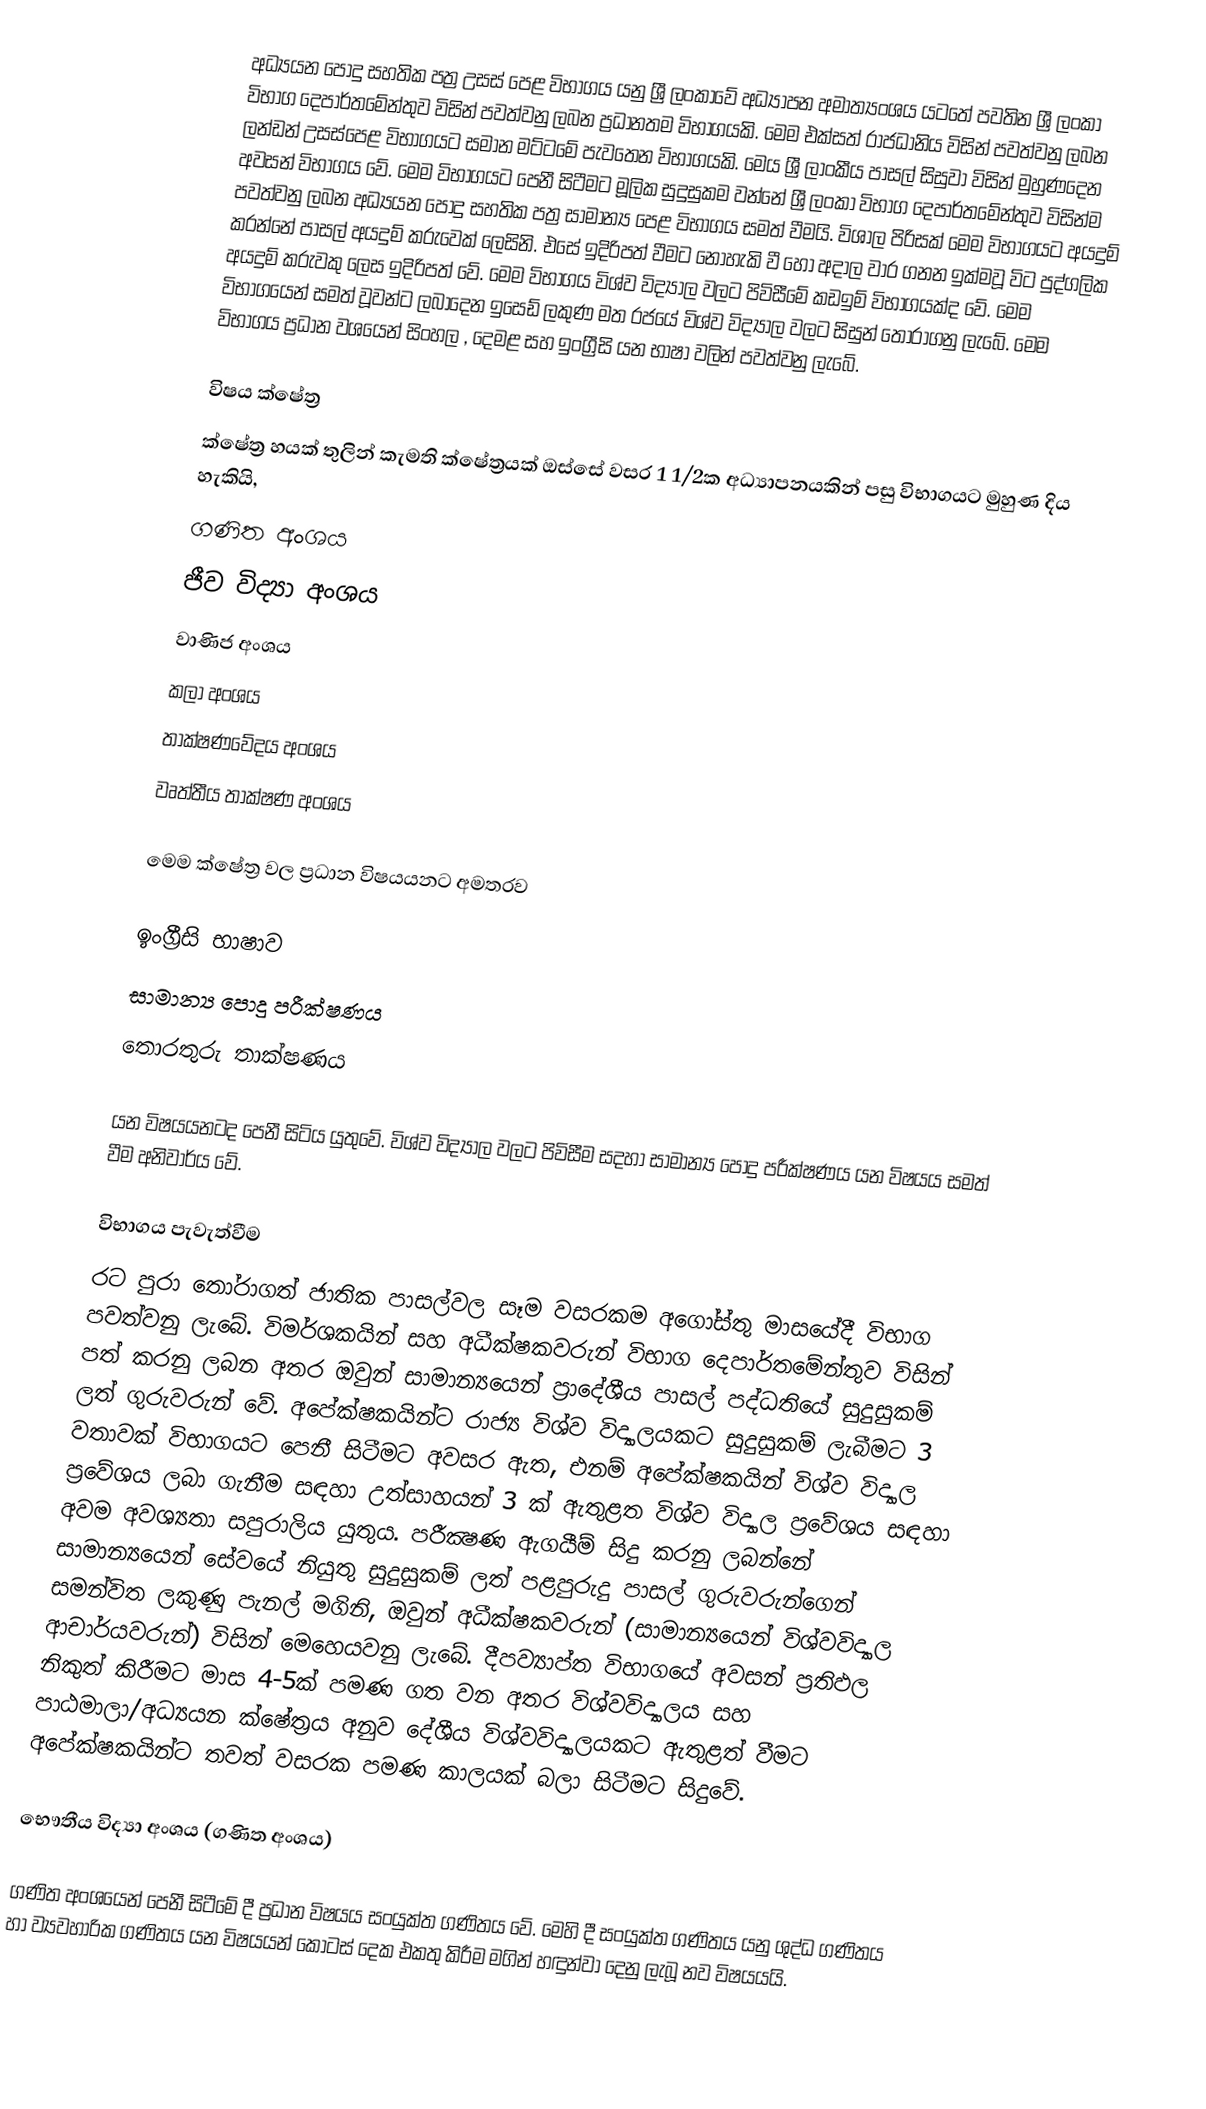
අධ්‍යයන පොදු සහතික පත්‍ර උසස් පෙළ විභාගය යනු ශ්‍රී ලංකාවේ අධ්‍යාපන අමාත්‍යංශය යටතේ පවතින ශ්‍රී ලංකා විභාග දෙපාර්තමේන්තුව විසින් පවත්වනු ලබන ප්‍රධානතම විභාගයකි. මෙම එක්සත් රාජධානිය විසින් පවත්වනු ලබන ලන්ඩන් උසස්පෙළ විභාගයට සමාන මට්ටමේ පැවතෙන විභාගයකි. මෙය ශ්‍රී ලාංකීය පාසල් සිසුවා විසින් මුහුණදෙන අවසන් විභාගය වේ. මෙම විභාගයට පෙනී සිටීමට මූලික සුදුසුකම වන්නේ ශ්‍රී ලංකා විභාග දෙපාර්තමේන්තුව විසින්ම පවත්වනු ලබන අධ්‍යයන පොදු සහතික පත්‍ර සාමාන්‍ය පෙළ විභාගය සමත් වීමයි. විශාල පිරිසක් මෙම විභාගයට අයදුම් කරන්නේ පාසල් අයදුම් කරුවෙක් ලෙසිනි. එසේ ඉදිරිපත් වීමට නොහැකි වී හෝ අදාල වාර ගනන ඉක්මවූ විට පුද්ගලික අයදුම් කරුවකු ලෙස ඉදිරිපත් වේ. මෙම විභාගය විශ්ව විද්‍යාල වලට පිවිසීමේ කඩඉම් විභාගයක්ද වේ. මෙම විභාගයෙන් සමත් වූවන්ට ලබාදෙන ඉසෙඩ් ලකුණ මත රජයේ  විශ්ව විද්‍යාල වලට සිසුන් තෝරාගනු ලැබේ. මෙම විභාගය ප්‍රධාන වශයෙන් සිංහල , දෙමළ  සහ ඉංග්‍රීසි යන භාෂා වලින් පවත්වනු ලැබේ.

විෂය ක්ෂේත්‍ර
ක්ෂේත්‍ර හයක් තුලින් කැමති ක්ෂේත්‍රයක් ඔස්සේ වසර 1 1/2ක අධ්‍යාපනයකින් පසු විභාගයට මුහුණ දිය හැකියි,
 ගණිත අංශය
 ජීව විද්‍යා අංශය
 වාණිජ අංශය
 කලා අංශය
 තාක්ෂණවේදය අංශය
 වෘත්තීය තාක්ෂණ අංශය

මෙම ක්ෂේත්‍ර වල ප්‍රධාන විෂයයනට අමතරව

 ඉංග්‍රීසි භාෂාව
 සාමාන්‍ය පොදු පරීක්ෂණය
 තොරතුරු තාක්ෂණය

යන විෂයයනටද පෙනී සිටිය යුතුවේ. විශ්ව විද්‍යාල වලට පිවිසීම සදහා සාමාන්‍ය පොදු පරීක්ෂණය යන විෂයය සමත් වීම අනිවාර්ය වේ.

විභාගය පැවැත්වීම
රට පුරා තෝරාගත් ජාතික පාසල්වල සෑම වසරකම අගෝස්තු මාසයේදී විභාග පවත්වනු ලැබේ.  විමර්ශකයින් සහ අධීක්ෂකවරුන් විභාග දෙපාර්තමේන්තුව විසින් පත් කරනු ලබන අතර ඔවුන් සාමාන්‍යයෙන් ප්‍රාදේශීය පාසල් පද්ධතියේ සුදුසුකම් ලත් ගුරුවරුන් වේ.  අපේක්ෂකයින්ට රාජ්‍ය විශ්ව විද්‍යාලයකට සුදුසුකම් ලැබීමට 3 වතාවක් විභාගයට පෙනී සිටීමට අවසර ඇත, එනම් අපේක්ෂකයින් විශ්ව විද්‍යාල ප්‍රවේශය ලබා ගැනීම සඳහා උත්සාහයන් 3 ක් ඇතුළත විශ්ව විද්‍යාල ප්‍රවේශය සඳහා අවම අවශ්‍යතා සපුරාලිය යුතුය.  පරීක්‍ෂණ ඇගයීම් සිදු කරනු ලබන්නේ සාමාන්‍යයෙන් සේවයේ නියුතු සුදුසුකම් ලත් පළපුරුදු පාසල් ගුරුවරුන්ගෙන් සමන්විත ලකුණු පැනල් මගිනි, ඔවුන් අධීක්ෂකවරුන් (සාමාන්‍යයෙන් විශ්වවිද්‍යාල ආචාර්යවරුන්) විසින් මෙහෙයවනු ලැබේ.  දීපව්‍යාප්ත විභාගයේ අවසන් ප්‍රතිඵල නිකුත් කිරීමට මාස 4-5ක් පමණ ගත වන අතර විශ්වවිද්‍යාලය සහ පාඨමාලා/අධ්‍යයන ක්ෂේත්‍රය අනුව දේශීය විශ්වවිද්‍යාලයකට ඇතුළත් වීමට අපේක්ෂකයින්ට තවත් වසරක පමණ කාලයක් බලා සිටීමට සිදුවේ.

භෞතීය විද්‍යා අංශය (ගණිත අංශය)

ගණිත අංශයෙන් පෙනී සිටීමේ දී ප්‍රධාන විෂයය සංයුක්ත ගණිතය වේ. මෙහි දී සංයුක්ත ගණිතය යනු ශුද්ධ ගණිතය හා ව්‍යවහාරික ගණිතය යන විෂයයන් කොටස් දෙක එකතු කිරීම මගින් හඳුන්වා දෙනු ලැබූ නව විෂයයයි.